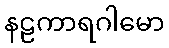
နဠကာရဂါမော